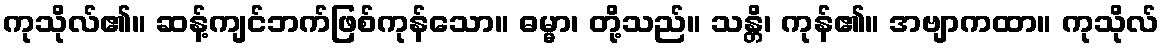
ကုသိုလ်၏။ ဆန့်ကျင်ဘက်ဖြစ်ကုန်သော။ ဓမ္မာ၊ တို့သည်။ သန္တိ၊ ကုန်၏။ အဗျာကထာ။ ကုသိုလ်